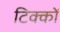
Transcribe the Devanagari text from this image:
टिक्कों